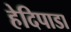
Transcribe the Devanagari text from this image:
हेदिपाडा